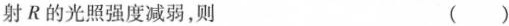
射R的光照强度减弱，则 ()